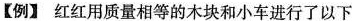
【例】红红用质量相等的木块和小车进行了以下